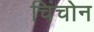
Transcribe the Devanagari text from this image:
चिंचोन